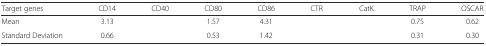
<table><thead><tr><td><b>Target genes</b></td><td><b>CD14</b></td><td><b>CD40</b></td><td><b>CD80</b></td><td><b>CD86</b></td><td><b>CTR</b></td><td><b>CatK</b></td><td><b>TRAP</b></td><td><b>OSCAR</b></td></tr></thead><tbody><tr><td>Mean</td><td>3.13</td><td>[EMPTY_CELL]</td><td>1.57</td><td>4.31</td><td>[EMPTY_CELL]</td><td>[EMPTY_CELL]</td><td>0.75</td><td>0.62</td></tr><tr><td>Standard Deviation</td><td>0.66</td><td>[EMPTY_CELL]</td><td>0.53</td><td>1.42</td><td>[EMPTY_CELL]</td><td>[EMPTY_CELL]</td><td>0.31</td><td>0.30</td></tr></tbody></table>